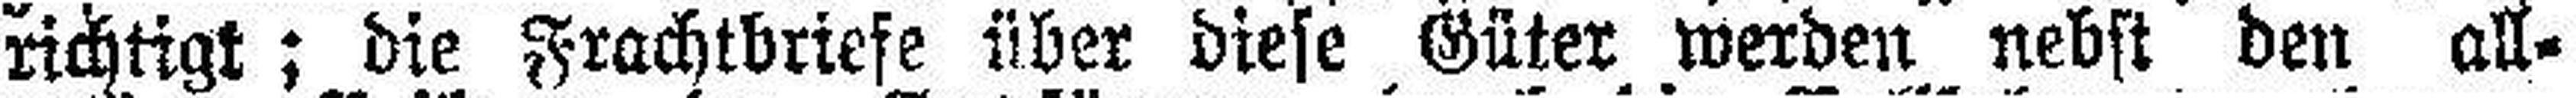
richtigt; die Frachtbriefe über diese Güter werden nebst den all¬